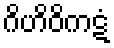
ဂိဟိဝိကဋံ